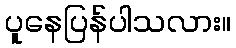
ပူနေပြန်ပါသလား။